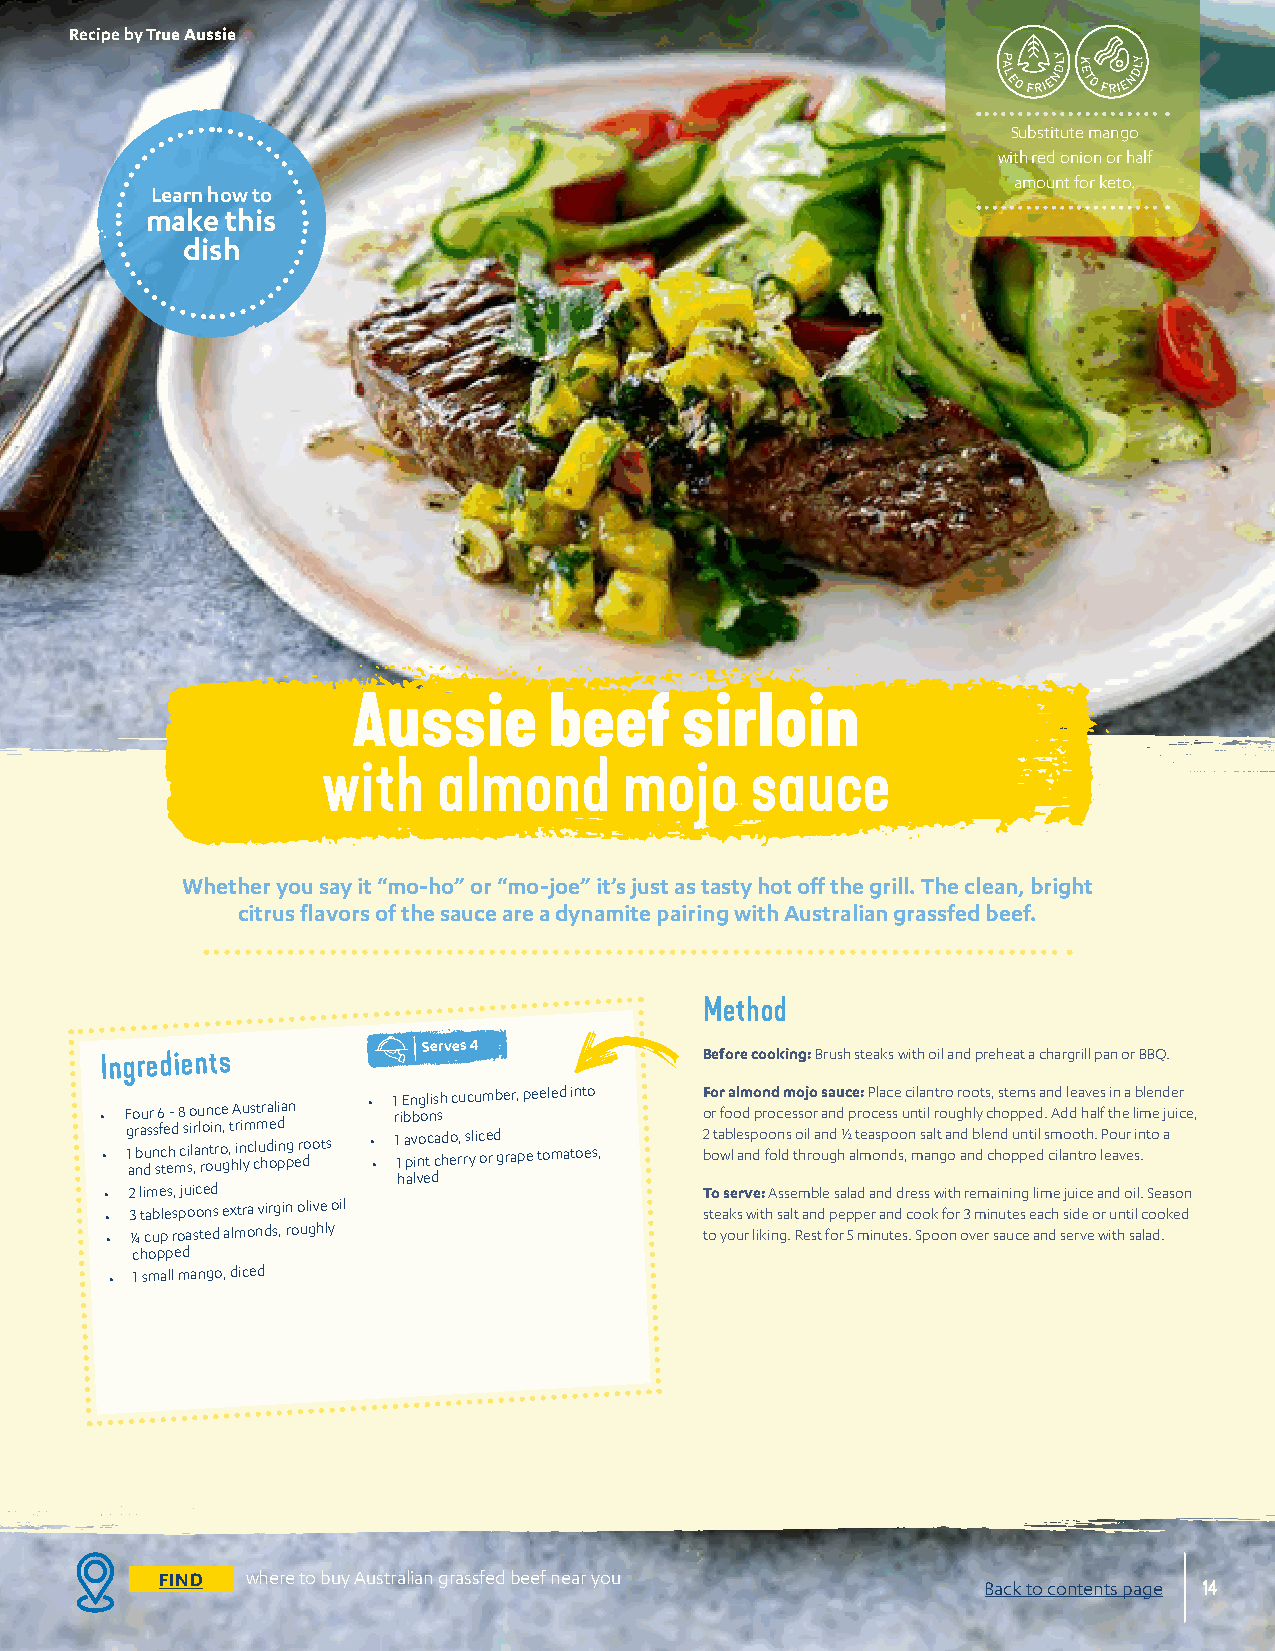
Recipe by True Aussie
 Substitute mango
 with red onion or half
 amount for keto.
 Learn how to
 make this
 dish
 Aussie       beef     sirloin
 with    almond      mojo     sauce
 Whether you say it “mo-ho” or “mo-joe” it’s just as tasty hot off the grill. The clean, bright
 citrus flavors of the sauce are a dynamite pairing with Australian grassfed beef.
 Method
 Serves 4
 Ingredients                             Before cooking: Brush steaks with oil and preheat a chargrill pan or BBQ.
 •
 •
 F
 g 1
 ao
 r
 nbau dusr
 n s
 s6
 f c te
 eh-
 d m
 8
 c s i
 so
 i lr ,a
 u
 l rno
 on
 tin
 uc roe
 g, , t h
 A
 r in
 liu
 ym c
 s clt
 m u
 hr da oel idi pna pgn
 e r do ots
 •
 • •
 1 r
 1 1
 i E b
 a
 pn vb inog o tl cni s cash
 hd
 eoc r,u rsc ylu
 i c
 om
 e r
 db ge rar,
 p
 p ee te ol med
 a
 tin ot eo
 s ,
 F o
 2 b
 o or
 t
 ar f wo ba lo
 l
 l aem d
 ns p
 do p
 o
 n r fo
 o
 od c
 n l
 dm e
 s
 s too s ho ij rlo or
 a
 unas na gdu d
 h
 ½c p ae
 t
 lr m: eo P ac ol sea npsc dose
 s o
 u ,c nn mil ta si aan l nlrt to gr ao u
 on
 g r ado h
 n
 o bl dyt
 l
 es c c, nh
 h
 s do ot e p pum p pne ets id dla s. n
 c
 mAd ild
 ao
 l nde
 o
 ta th rv
 h
 oae .l s lf
 P e
 t oi an h
 u v
 ea
 r e
 l sib i nm .l te oen d aju e icr e,
 halved
 • 2 limes, juiced                       To serve: Assemble salad and dress with remaining lime juice and oil. Season
 • 3 tablespoons extra virgin olive oil  steaks with salt and pepper and cook for 3 minutes each side or until cooked
 • ¼ cup roasted almonds, roughly        to your liking. Rest for 5 minutes. Spoon over sauce and serve with salad.
 chopped
 • 1 small mango, diced
 FIND where to buy Australian grassfed beef near you
 Back to contents page 14